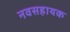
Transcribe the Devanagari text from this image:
नवसहायक